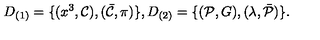
D _ { ( 1 ) } = \{ ( x ^ { 3 } , { \cal C } ) , ( \bar { \cal C } , \pi ) \} , D _ { ( 2 ) } = \{ ( { \cal P } , G ) , ( \lambda , \bar { \cal P } ) \} .